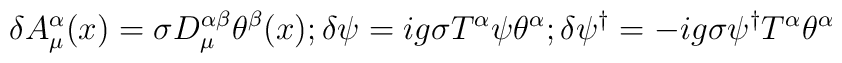
\delta A_{\mu }^{\alpha }(x)=\sigma D_{\mu }^{\alpha \beta }\theta ^{\beta }(x);\delta \psi =ig\sigma T^{\alpha }\psi \theta ^{\alpha };\delta \psi ^{\dagger }=-ig\sigma \psi ^{\dagger }T^{\alpha }\theta ^{\alpha }